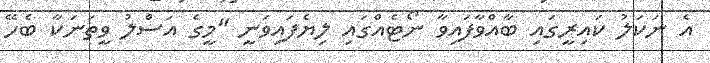
އެ ނަކަލު ކައިރީގައި ބާއްވާފައިވާ ނޯޓެއްގައި ލިޔެފައިވަނީ "މީގެ އަސްލު ވީތަނަކާ ބެހޭ